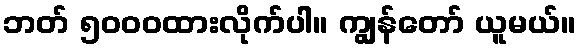
ဘတ် ၅၀၀၀ထားလိုက်ပါ။ ကျွန်တော် ယူမယ်။